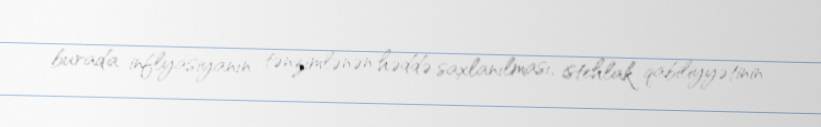
burada inflyasiyanın tənzimlənən həddə saxlanılması, istehlak qabiliyyətinin